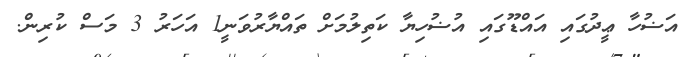
އަޟުހާ ޢީދުގައި އައްޑޫގައި އުޟުހިޔާ ކަތިލުމަށް ތައްޔާރުވަނީ1 އަހަރު 3 މަސް ކުރިން.